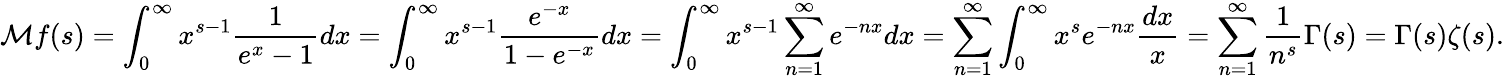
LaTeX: {\mathcal{M}}f(s)=\int_{0}^{\infty}x^{s-1}{\frac{1}{e^{x}-1}}dx=\int_{0}^{\infty}x^{s-1}{\frac{e^{-x}}{1-e^{-x}}}dx=\int_{0}^{\infty}x^{s-1}\sum_{n=1}^{\infty}e^{-nx}dx=\sum_{n=1}^{\infty}\int_{0}^{\infty}x^{s}e^{-nx}{\frac{dx}{x}}=\sum_{n=1}^{\infty}{\frac{1}{n^{s}}}\Gamma(s)=\Gamma(s)\zeta(s).